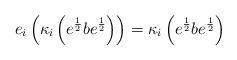
LaTeX: \begin{align*}e_i \left(\kappa_i\left(e^\frac{1}{2} b e^\frac{1}{2}\right)\right) = \kappa_i\left(e^\frac{1}{2} b e^\frac{1}{2}\right)\end{align*}